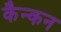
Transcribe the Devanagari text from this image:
कैन्कन